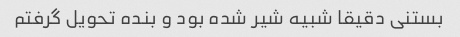
بستنی دقیقا شبیه شیر شده بود و بنده تحویل گرفتم